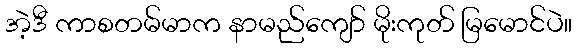
အဲ့ဒီ ကာစတမ်မာက နာမည်ကျော် မိုးကုတ် မြမောင်ပဲ။